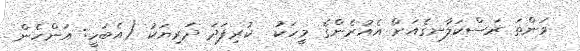
ވަންތަ ރަސްކަލާނގެއަށް އެއުރެންގެ މީހަކު  ކުރިފަދަ ދަރިޔަކު (އެބަހީ: އަންހެން